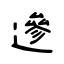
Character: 遪